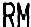
RM